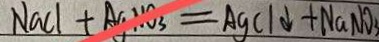
N a C l + A g N O _ { 3 } = A g C l \downarrow + N a N O _ { 3 }